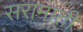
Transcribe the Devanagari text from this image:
सरामाती